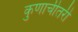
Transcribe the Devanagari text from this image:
कुणाचीतरी